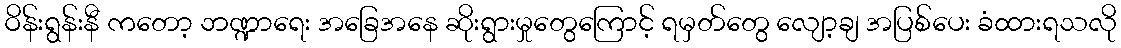
ဝိန်းရွန်းနီ ကတော့ ဘဏ္ဍာရေး အခြေအနေ ဆိုးရွားမှုတွေကြောင့် ရမှတ်တွေ လျော့ချ အပြစ်ပေး ခံထားရသလို